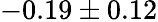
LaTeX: -0.19\pm 0.12